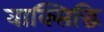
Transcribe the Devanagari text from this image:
वाक्सिद्धि